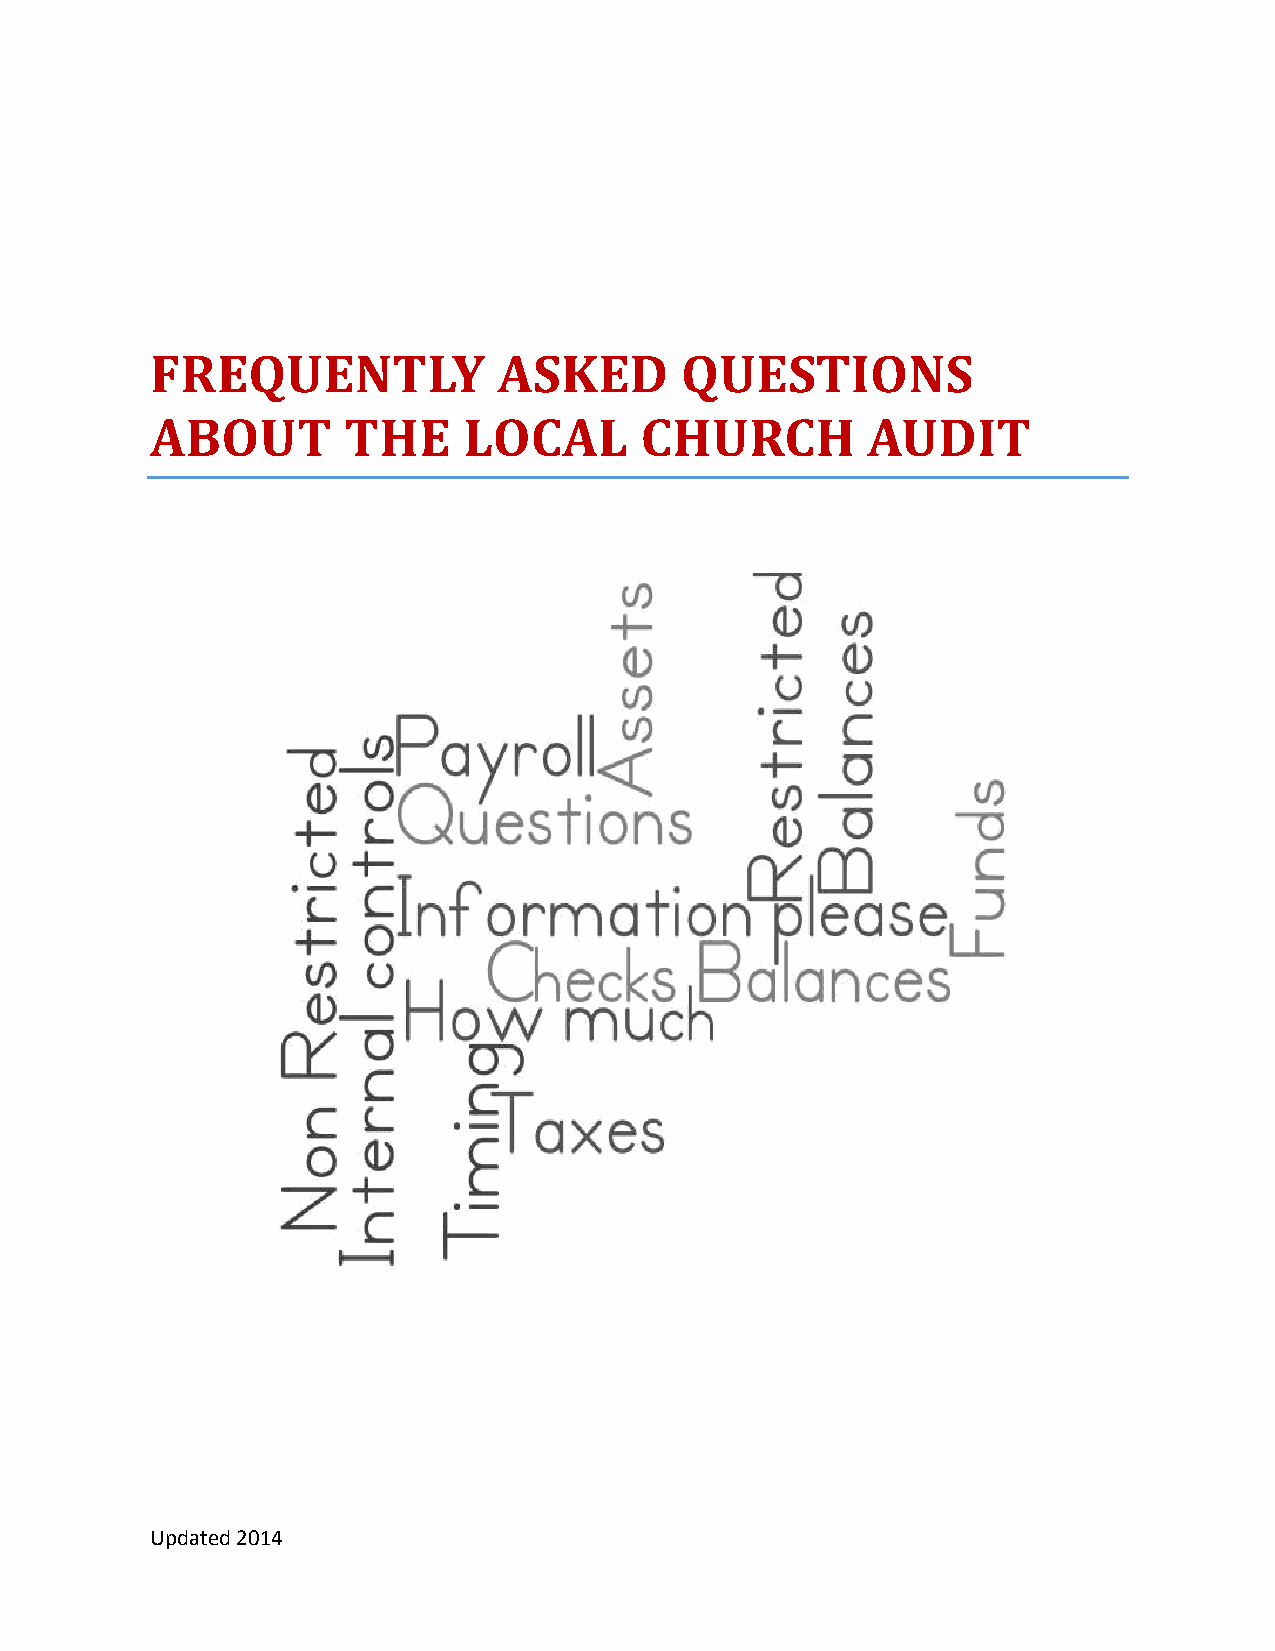
FREQUENTLY             ASKED       QUESTIONS
 ABOUT        THE     LOCAL      CHURCH         AUDIT
 Updated 2014